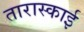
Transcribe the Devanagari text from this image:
तारास्काई